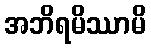
အဘိရမိဿာမိ